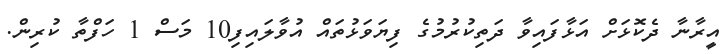
އީރާނާ ދެކޮޅަށް އަޅާފައިވާ ދަތިކުރުމުގެ ފިޔަވަޅުތައް އުވާލައިފި10 މަސް 1 ހަފްތާ ކުރިން.